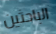
الباحثين